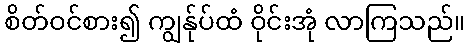
စိတ်ဝင်စား၍ ကျွန်ုပ်ထံ ဝိုင်းအုံ လာကြသည်။